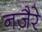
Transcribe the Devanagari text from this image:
नज़ैरे